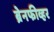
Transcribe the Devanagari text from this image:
ब्रेनफीव्हर